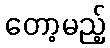
တော့မည့်